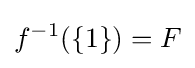
f^{-1}(\{1\})=F